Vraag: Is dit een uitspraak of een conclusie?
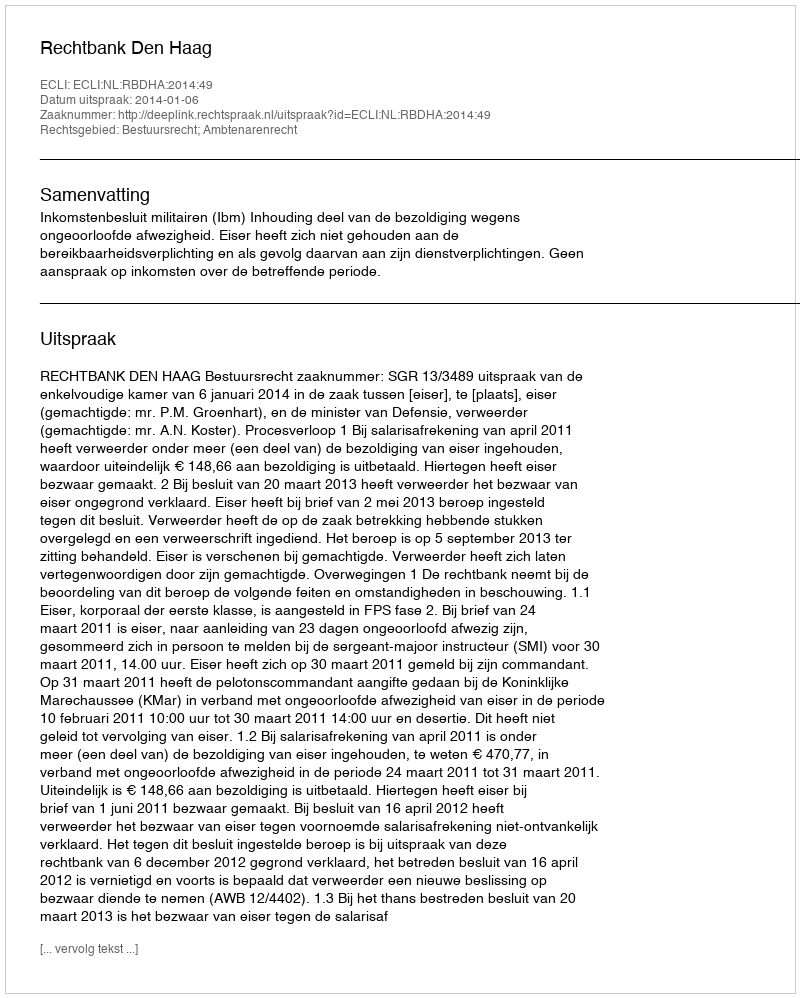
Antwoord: Uitspraak